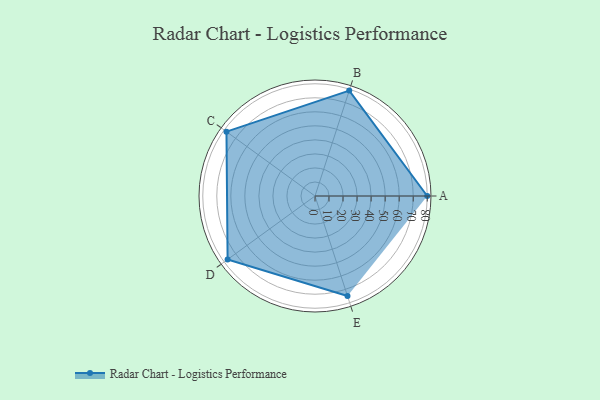
{"axis": {"x": "Skill", "y": "Score"}, "legend": ["Profile"], "data": [{"x": "A", "y": 80.0, "type": "Profile"}, {"x": "B", "y": 79.0, "type": "Profile"}, {"x": "C", "y": 78.0, "type": "Profile"}, {"x": "D", "y": 77.0, "type": "Profile"}, {"x": "E", "y": 75.0, "type": "Profile"}]}